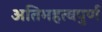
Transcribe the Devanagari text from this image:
अतिमहत्‍वपुर्ण